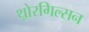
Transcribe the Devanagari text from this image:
थ़ोरगिल्सन